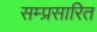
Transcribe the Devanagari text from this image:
सम्प्रसारित